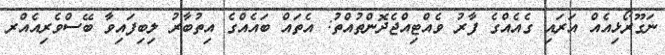
ނަގޫރޯޅިއެއް އަރައި ގެއެއްގެ ފާރު ވެއްޓިއްޖެދޮންތުއްތު: އެތައް ބައެއްގެ އިތުބާރު ލިބިފައިވާ ބޭސްވެރިއެއްރ